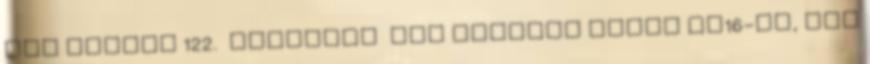
sor cikkei 122. HIRDETES SOS keresek elado SB16-ot, nem